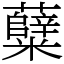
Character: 糵